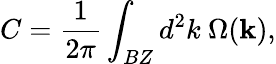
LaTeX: C=\frac{1}{2\pi}\int_{BZ}d^{2}k~\Omega(\textbf{k}),